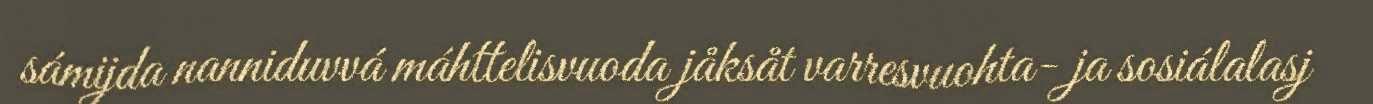
sámijda nanniduvvá máhttelisvuoda jåksåt varresvuohta- ja sosiálalasj